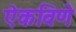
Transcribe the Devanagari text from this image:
ऐकविणे